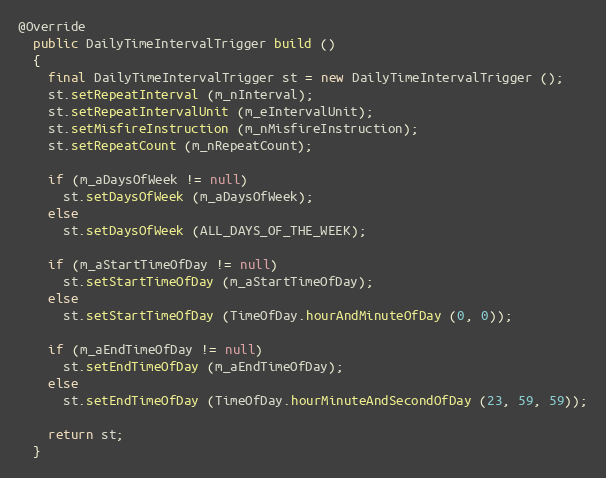
Language: Java
@Override
  public DailyTimeIntervalTrigger build ()
  {
    final DailyTimeIntervalTrigger st = new DailyTimeIntervalTrigger ();
    st.setRepeatInterval (m_nInterval);
    st.setRepeatIntervalUnit (m_eIntervalUnit);
    st.setMisfireInstruction (m_nMisfireInstruction);
    st.setRepeatCount (m_nRepeatCount);

    if (m_aDaysOfWeek != null)
      st.setDaysOfWeek (m_aDaysOfWeek);
    else
      st.setDaysOfWeek (ALL_DAYS_OF_THE_WEEK);

    if (m_aStartTimeOfDay != null)
      st.setStartTimeOfDay (m_aStartTimeOfDay);
    else
      st.setStartTimeOfDay (TimeOfDay.hourAndMinuteOfDay (0, 0));

    if (m_aEndTimeOfDay != null)
      st.setEndTimeOfDay (m_aEndTimeOfDay);
    else
      st.setEndTimeOfDay (TimeOfDay.hourMinuteAndSecondOfDay (23, 59, 59));

    return st;
  }